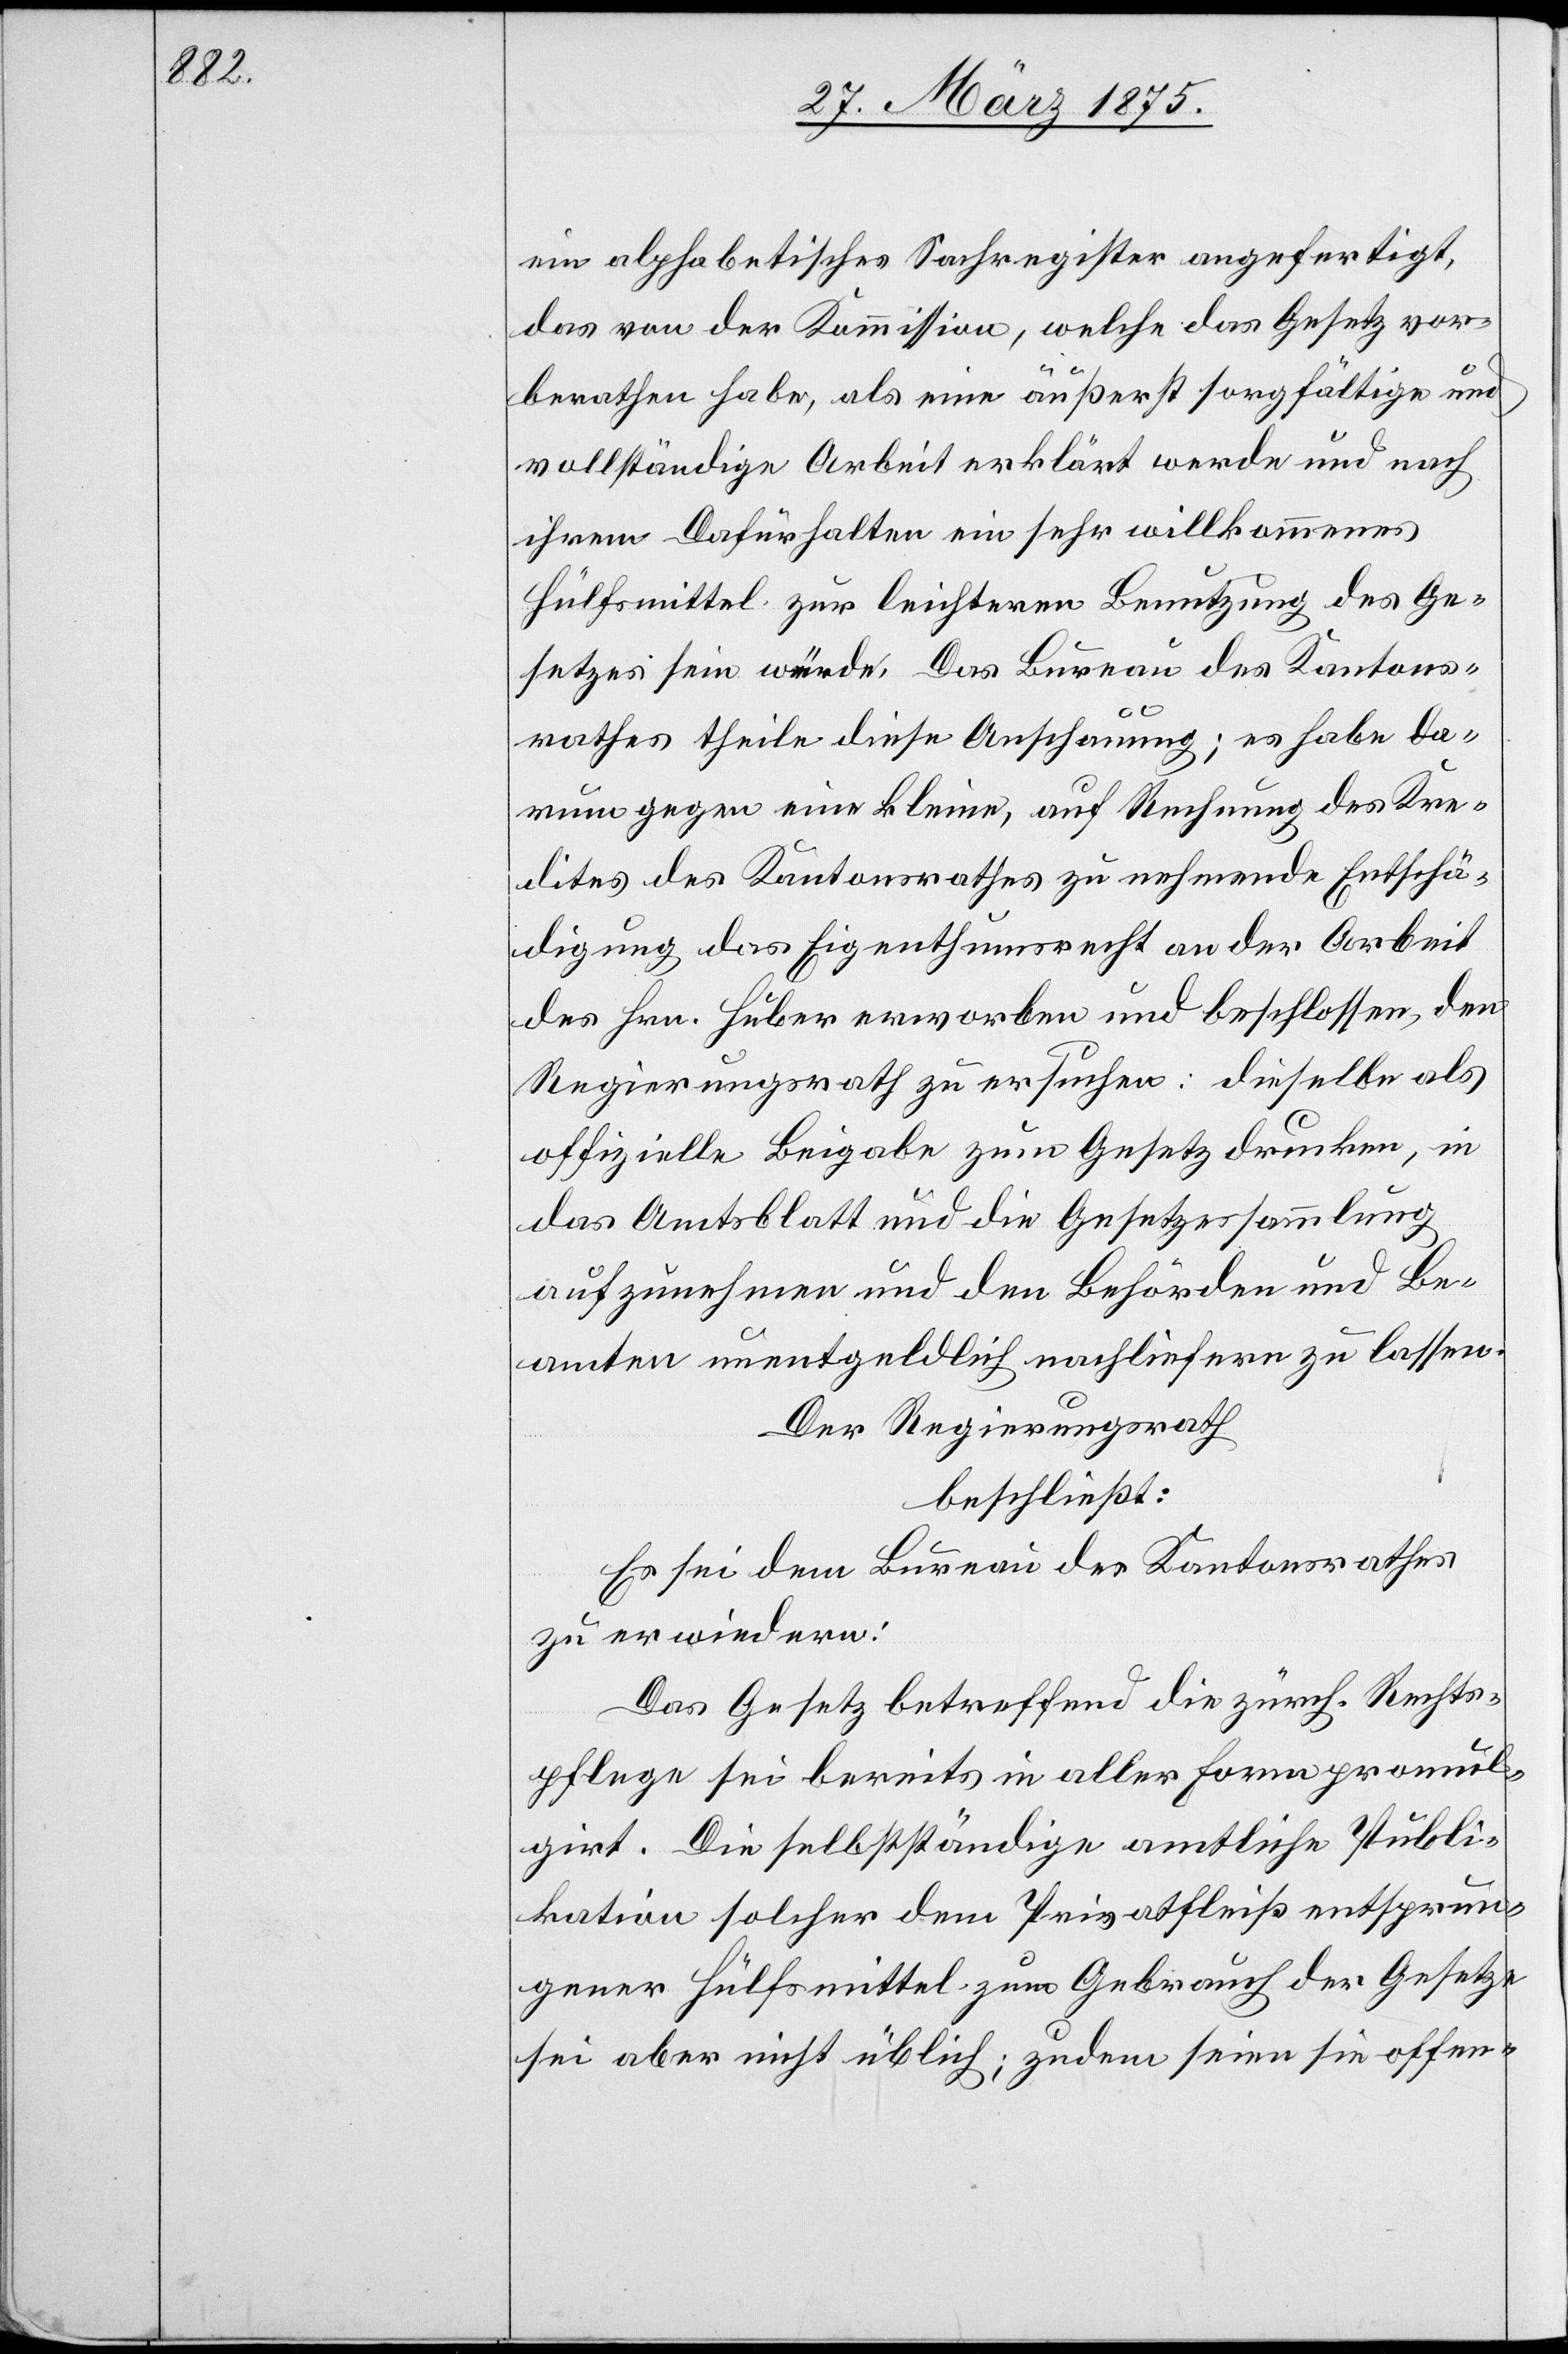
ein alphabetisches Sachregister angefertigt,
das von der Kommission, welche das Gesetz vor¬
berathen habe, als eine äusserst sorgfältige und
vollständige Arbeit erklärt werde und nach
ihrem Dafürhalten ein sehr willkommenes
Hülsmittel zur leichteren Benutzung des Ge¬
setzes sein würde. Das Bureau des Kantons¬
rathes theile diese Anschauung; es habe da¬
rum gegen eine kleine, auf Rechnung des Kre¬
dites des Kantonsrathes zunehmende Entschä¬
digung das Eigenthumsrecht an der Arbeit
des Hrn. Huber erworben und beschlossen, den
Regierungsrath zu ersuchen: dieselbe als
offizielle Beigabe zum Gesetz drucken, in
das Amtsblatt und die Gesetzessammlung
aufzunehmen und den Behörden und Be¬
amten unentgeldlich nachliefern zu lassen.
Der Regierungsrath
beschließt:
Es sei dem Bureau des Kantonsrathes
zu erwiedern:
Das Gesetz betreffend die zürch. Rechts¬
pflege sei bereits in aller Form promul¬
girt. Die selbstständige amtliche Publi¬
kation solcher dem Privatfleiß entsprun¬
gener Hülfsmittel zum Gebrauch der Gesetze
sei aber nicht üblich; zudem seien sie offen-